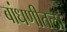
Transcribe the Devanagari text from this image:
बांधणीतला